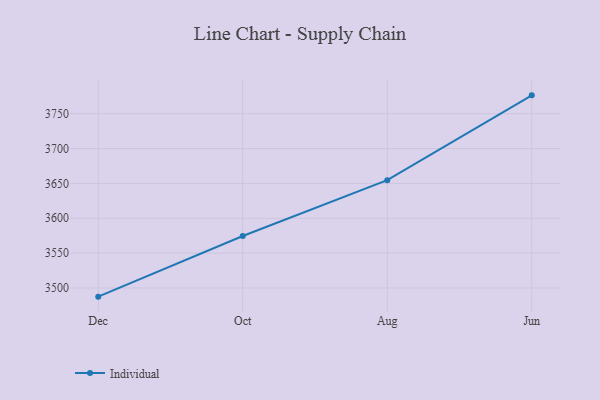
{"axis": {"x": "Month", "y": "Page Views"}, "legend": ["Individual"], "data": [{"x": "Dec", "y": 3487.6, "type": "Individual"}, {"x": "Oct", "y": 3574.6, "type": "Individual"}, {"x": "Aug", "y": 3654.7, "type": "Individual"}, {"x": "Jun", "y": 3776.3, "type": "Individual"}]}